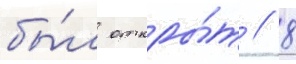
бы́л откры́т // 8